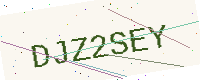
Text: DJZ2SEY